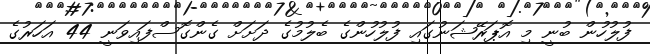
ފުލުހުން ބުނީ މި އޮޕަރޭޝަނުގައި ފުލުހުންގެ ބެލުމުގެ ދަށަށް ގެންގޮސްފައިވަނީ 44 އަހަރުގެ